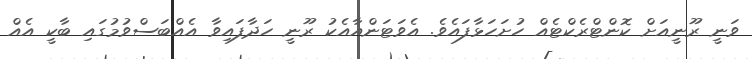
ވަނީ ރޫނީއަށް ކޮންޓްރެކްޓެއް ހުށަހަޅާފައެވެ. އެވަޓަންއާއެކު ރޫނީ ހަދާފައިވާ އެއްބަސްވުމުގައި ބާކީ އެއް